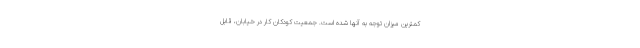
کمترین میزان توجه به آنها شده است. جمعیت کودکان کار در خیابان، قابل